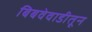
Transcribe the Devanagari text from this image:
बिबवेवाडीतून